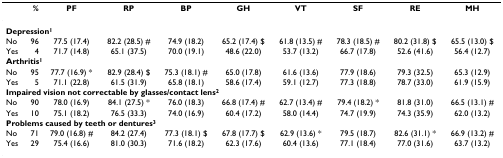
|  | % | PF | RP | BP | GH | VT | SF | RE | MH |
 | --- | --- | --- | --- | --- | --- | --- | --- | --- | --- |
 | <COLSPAN=10> Depression1 |
 | No | 96 | 77.5 (17.4) | 82.2 (28.5) # | 74.9 (18.2) | 65.2 (17.4) $ | 61.8 (13.5) # | 78.3 (18.5) # | 80.2 (31.8) $ | 65.5 (13.0) $ |
 | Yes | 4 | 71.7 (14.8) | 65.1 (37.5) | 70.0 (19.1) | 48.6 (22.0) | 53.7 (13.2) | 66.7 (17.8) | 52.6 (41.6) | 56.4 (12.7) |
 | <COLSPAN=10> Arthritis1 |
 | No | 95 | 77.7 (16.9) * | 82.9 (28.4) $ | 75.3 (18.1) # | 65.0 (17.8) | 61.6 (13.6) | 77.9 (18.6) | 79.3 (32.5) | 65.3 (12.9) |
 | Yes | 5 | 71.1 (22.8) | 61.5 (31.9) | 65.8 (18.1) | 58.6 (17.4) | 59.1 (12.7) | 77.3 (18.8) | 78.7 (33.0) | 61.9 (15.9) |
 | <COLSPAN=10> Impaired vision not correctable by glasses/contact lens2 |
 | No | 90 | 78.0 (16.9) | 84.1 (27.5) * | 76.0 (18.3) | 66.8 (17.4) # | 62.7 (13.4) # | 79.4 (18.2) * | 81.8 (31.0) | 66.5 (13.1) # |
 | Yes | 10 | 75.1 (18.2) | 76.5 (33.3) | 74.0 (16.9) | 60.4 (17.2) | 58.0 (14.4) | 74.7 (19.9) | 74.3 (35.9) | 62.0 (13.2) |
 | <COLSPAN=10> Problems caused by teeth or dentures3 |
 | No | 71 | 79.0 (16.8) # | 84.2 (27.4) | 77.3 (18.1) $ | 67.8 (17.7) $ | 62.9 (13.6) * | 79.5 (18.7) | 82.6 (31.1) * | 66.9 (13.2) # |
 | Yes | 29 | 75.4 (16.6) | 81.0 (30.3) | 71.6 (18.2) | 62.3 (17.6) | 60.4 (13.6) | 77.1 (18.4) | 77.0 (31.6) | 63.7 (13.2) |